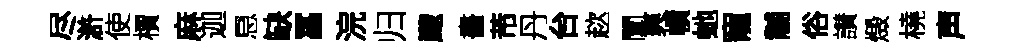
尽滸使檟麻迦㤙缺冨浣归颼畵芾丹台趑闡爽幘虵寵黼俗讃燬橈声